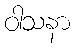
ဝါသနာ